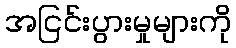
အငြင်းပွားမှုများကို